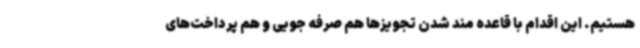
هستیم. این اقدام با قاعده مند شدن تجویزها هم صرفه جویی و هم پرداخت‌های